Jaan_Tonisson_(Lasteleht), lk 479
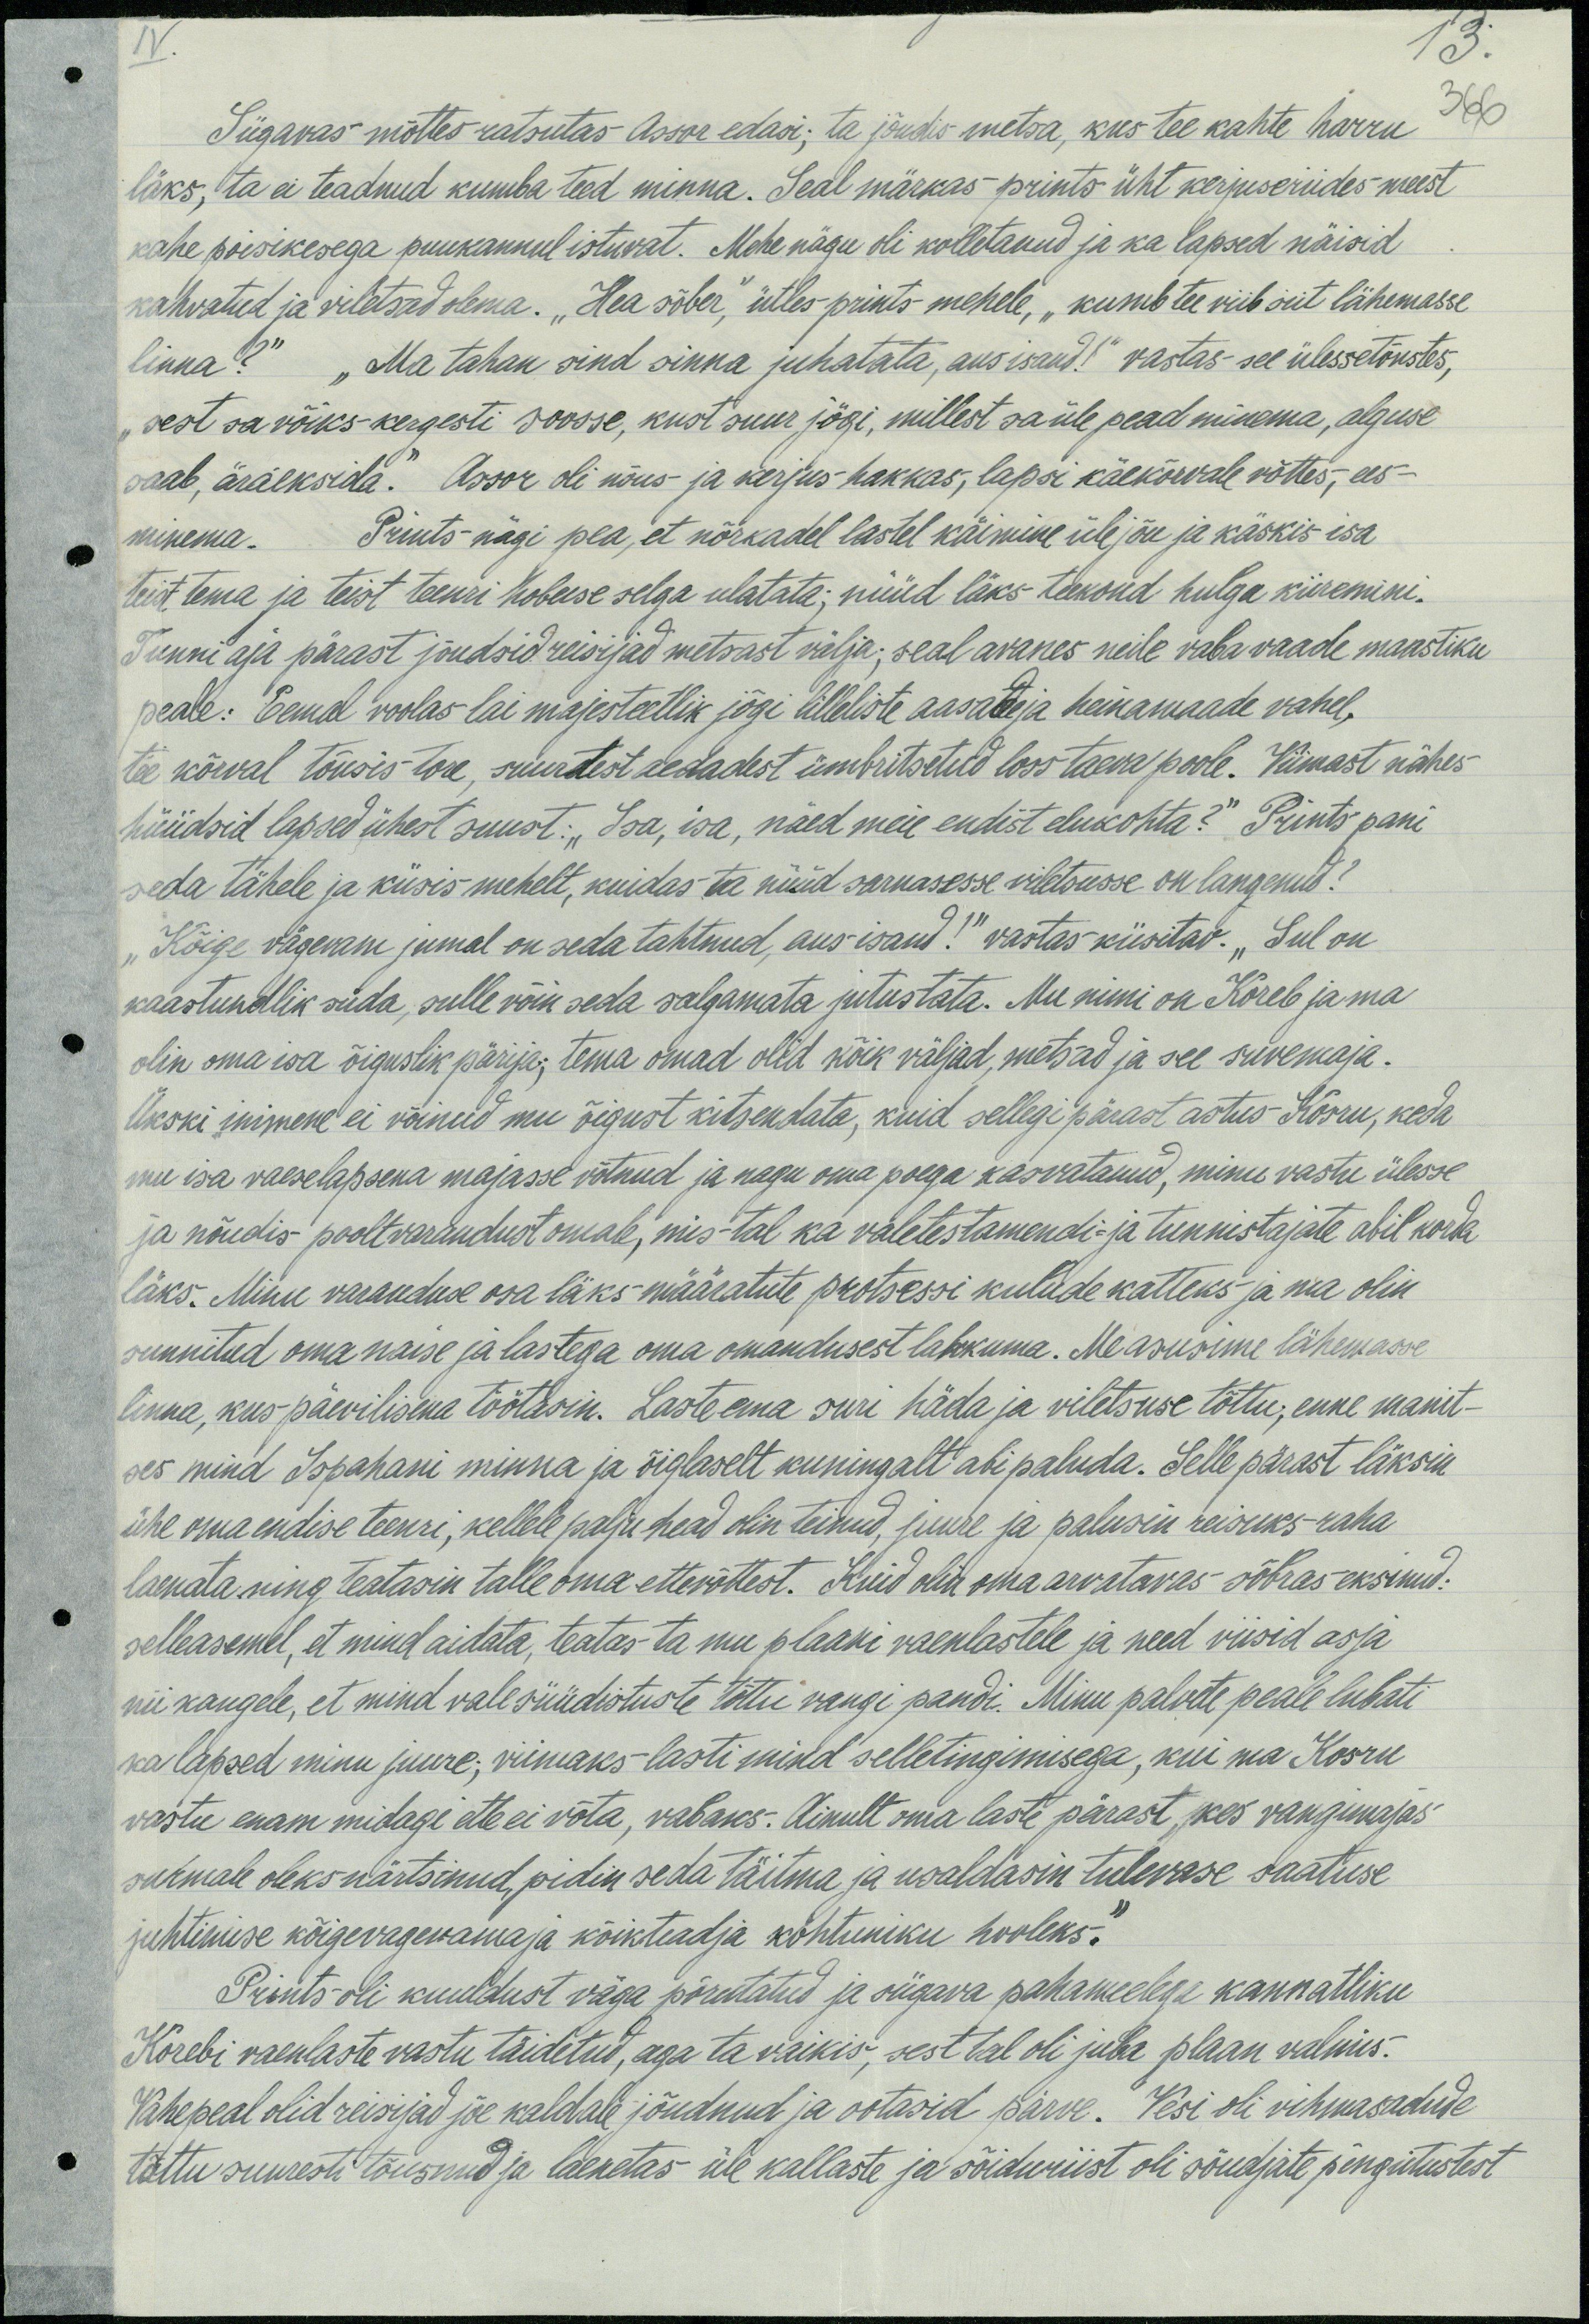
IV
13.
Sügavas mõttes ratsutas Assar edasi; ta jõudis metsa, kus tee kahte harru
366
läks, ta ei teadnud kumba teed minna. Seal märkas prints üht kerjuseriides meest
kahe poisikesega puukannul istuvat. Mehe nägu oli kolletanud ja ka lapsed näisid
kahvatud ja viletsad olema. "Hea sõber," ütles prints mehele, "kumb tee viib siit lähemasse
linna?" "Ma tahan sind sinna juhatata, aus isand!" vastas see ülesetõustes,
"sest sa võiks kergesti soosse, kust suur jõgi, millest sa üle pead minema, alguse
saab, äraeksida." Assor oli nõus- ja kerjus hakkas, lapsi käekõrvale võttes, ees-
minema. Prints nägi pea, et nõrkadel lastel käimine üle jõu ja käskis- isa
teist tema ja teist teenri hobuse selga ulatata; nüüd läks teekond hulga kiiremini.
Tunni aja pärast jõudsid reisijad metsast välja; seal avanes neile vaba vaade maastiku
peale: Eemal voolas lai majesteetlik jõgi lilleliste aasade ja heinamaade vahel,
tee kõrval tõusis tore, suurtest aedadest ümbitsetud loss taeva poole. Viimast nähes
hüüdsid lapsed ühest suurt: „Isa, isa, näed meie endist elukohta?“ Prints pani
seda tähele ja küsis mehelt, kuidas ta nüüd sarnasesse viletsusse on langenud?
"Kõige vägevam jumal on seda tahtnud, aus isand!" vastas küsitav. „Sul on
kaastundlik süda, sulle võin seda salgamata jutustata. Mu nimi on Koreb ja ma
olin oma isa õiguslik pärija; tema omad olid kõik väljad, metsad ja see suvemaja.
ükski inimene ei võinud mu õigust kitsendata, kuid sellegi pärast astus Kosru, keda
mu isa vaeselapsena majasse võtnud ja nagu oma poega kasvatanud, minu vastu ülesse
ja nõudis pooltvarandust omale, mis - tal ka valetestamendi- ja tunnistajate abil korda
läks. Minu varanduse osa läks määratute protsessi kulude katteks ja ma olin
sunnitud oma naise ja lastega oma omandusest lahkuma. Me asusime lähemasse
linna, kus päevilisena töötasin. Laste ema suri häda ja viletsuse tõttu; enne manit-
ses mind Ispahani minna ja õiglaselt kuningalt abi paluda. Sellepärast läksin
ühe oma endise teenri, kellele palju head olin teinud, juure ja palusin reisuks raha
laenata ning teatasin talle oma ettevõttest. Kuid olid oma arvatavas sõbras eksinud:
selleasemel, et mind aidata, teatas ta mu plaani vaenlastele ja need viisid asja
nii kaugele, et mind valesüüdistuste tõttu vangi pandi. Minu palvete peale lubati
ka lapsed minu juure; viimaks lasti mind selletingimisega, kui ma Kosru
vastu enam midagi ette ei võta, vabaks. Ainult oma laste pärast, kes vangimajas
surmale oleks närtsinud, pidin seda täitma ja usaldasin tulevase saatuse
juhtimise kõigevagevama ja kõikteadja kohtuniku hooleks.“
Prints oli kuuldust väga põrutatud ja sügava pahameelega kannatliku
Korebi vaenlaste vastu täidetud, aga ta vaikis, sest tal oli juba plaan valmis.
Vahepeal olid reisijad jõe kaldale jõudnud ja ootasid parve." Vesi oli vihmasadude
tõttu suuresti tõusnud ja laenetas üle kallaste ja sõiduriist oli sõudjate pingutustest